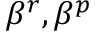
\beta ^ { r } , \beta ^ { p }